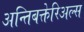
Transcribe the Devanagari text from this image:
अन्तिबक्तेरिअल्स